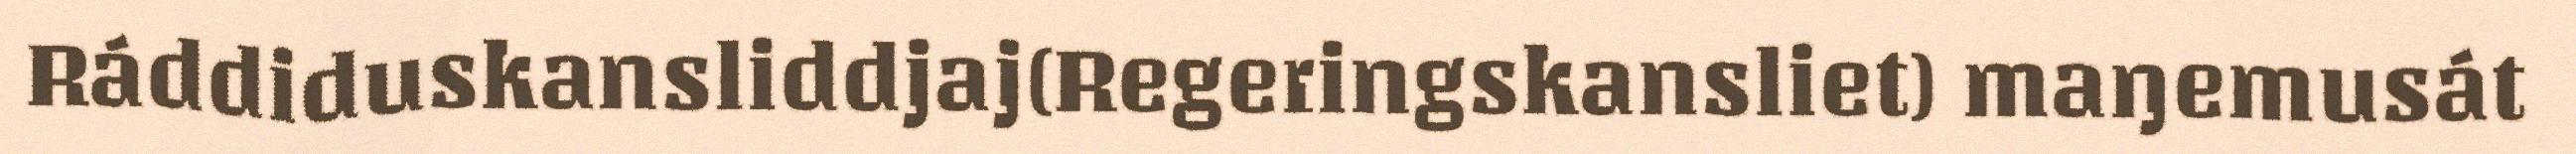
Ráddiduskansliddjaj(Regeringskansliet) maŋemusát